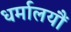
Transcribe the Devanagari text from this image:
धर्मालयौं